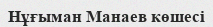
Нұғыман Манаев көшесі